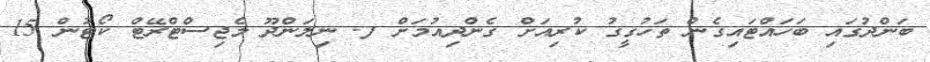
ބަންދުގައި ބަހައްޓައިގެން ތަހުގީގު ކުރިއަށް ގެންދިއުމަށް ފ. ނިލަންދޫ މެޖިސްޓްރޭޓް ކޯޓުން 15